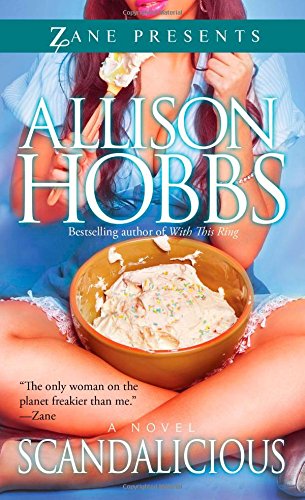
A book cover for Scandalicious: A Novel (Zane Presents); Allison Hobbs; Literature & Fiction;